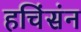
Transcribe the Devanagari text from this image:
हचिंसंन